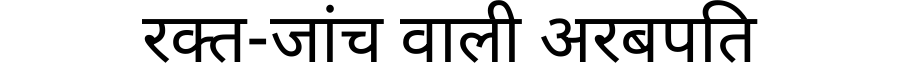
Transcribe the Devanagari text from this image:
रक्त-जांच वाली अरबपति